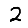
Digit: 2